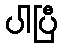
ပါပြီ